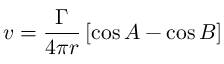
v = { \frac { \Gamma } { 4 \pi r } } \left[ \cos A - \cos B \right]